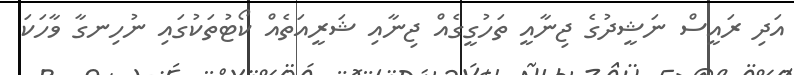
އަދި ރައީސް ނަޝީދުގެ ޖިނާއީ ތަހުގީގެއް ޖިނާއި ޝަރީއަތެއް ކޯޓުތަކުގައި ނުހިނގާ ވާހަކަ